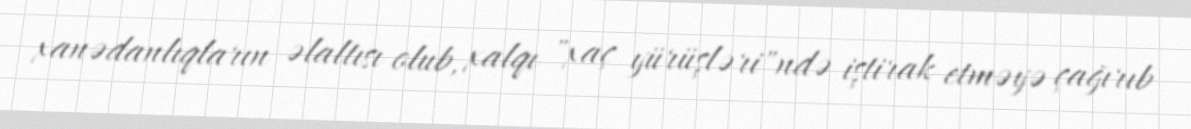
xanədanlıqların əlaltısı olub, xalqı "xaç yürüşləri"ndə iştirak etməyə çağırıb